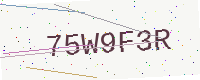
Text: 75W9F3R